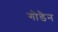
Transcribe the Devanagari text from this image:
गोडैन